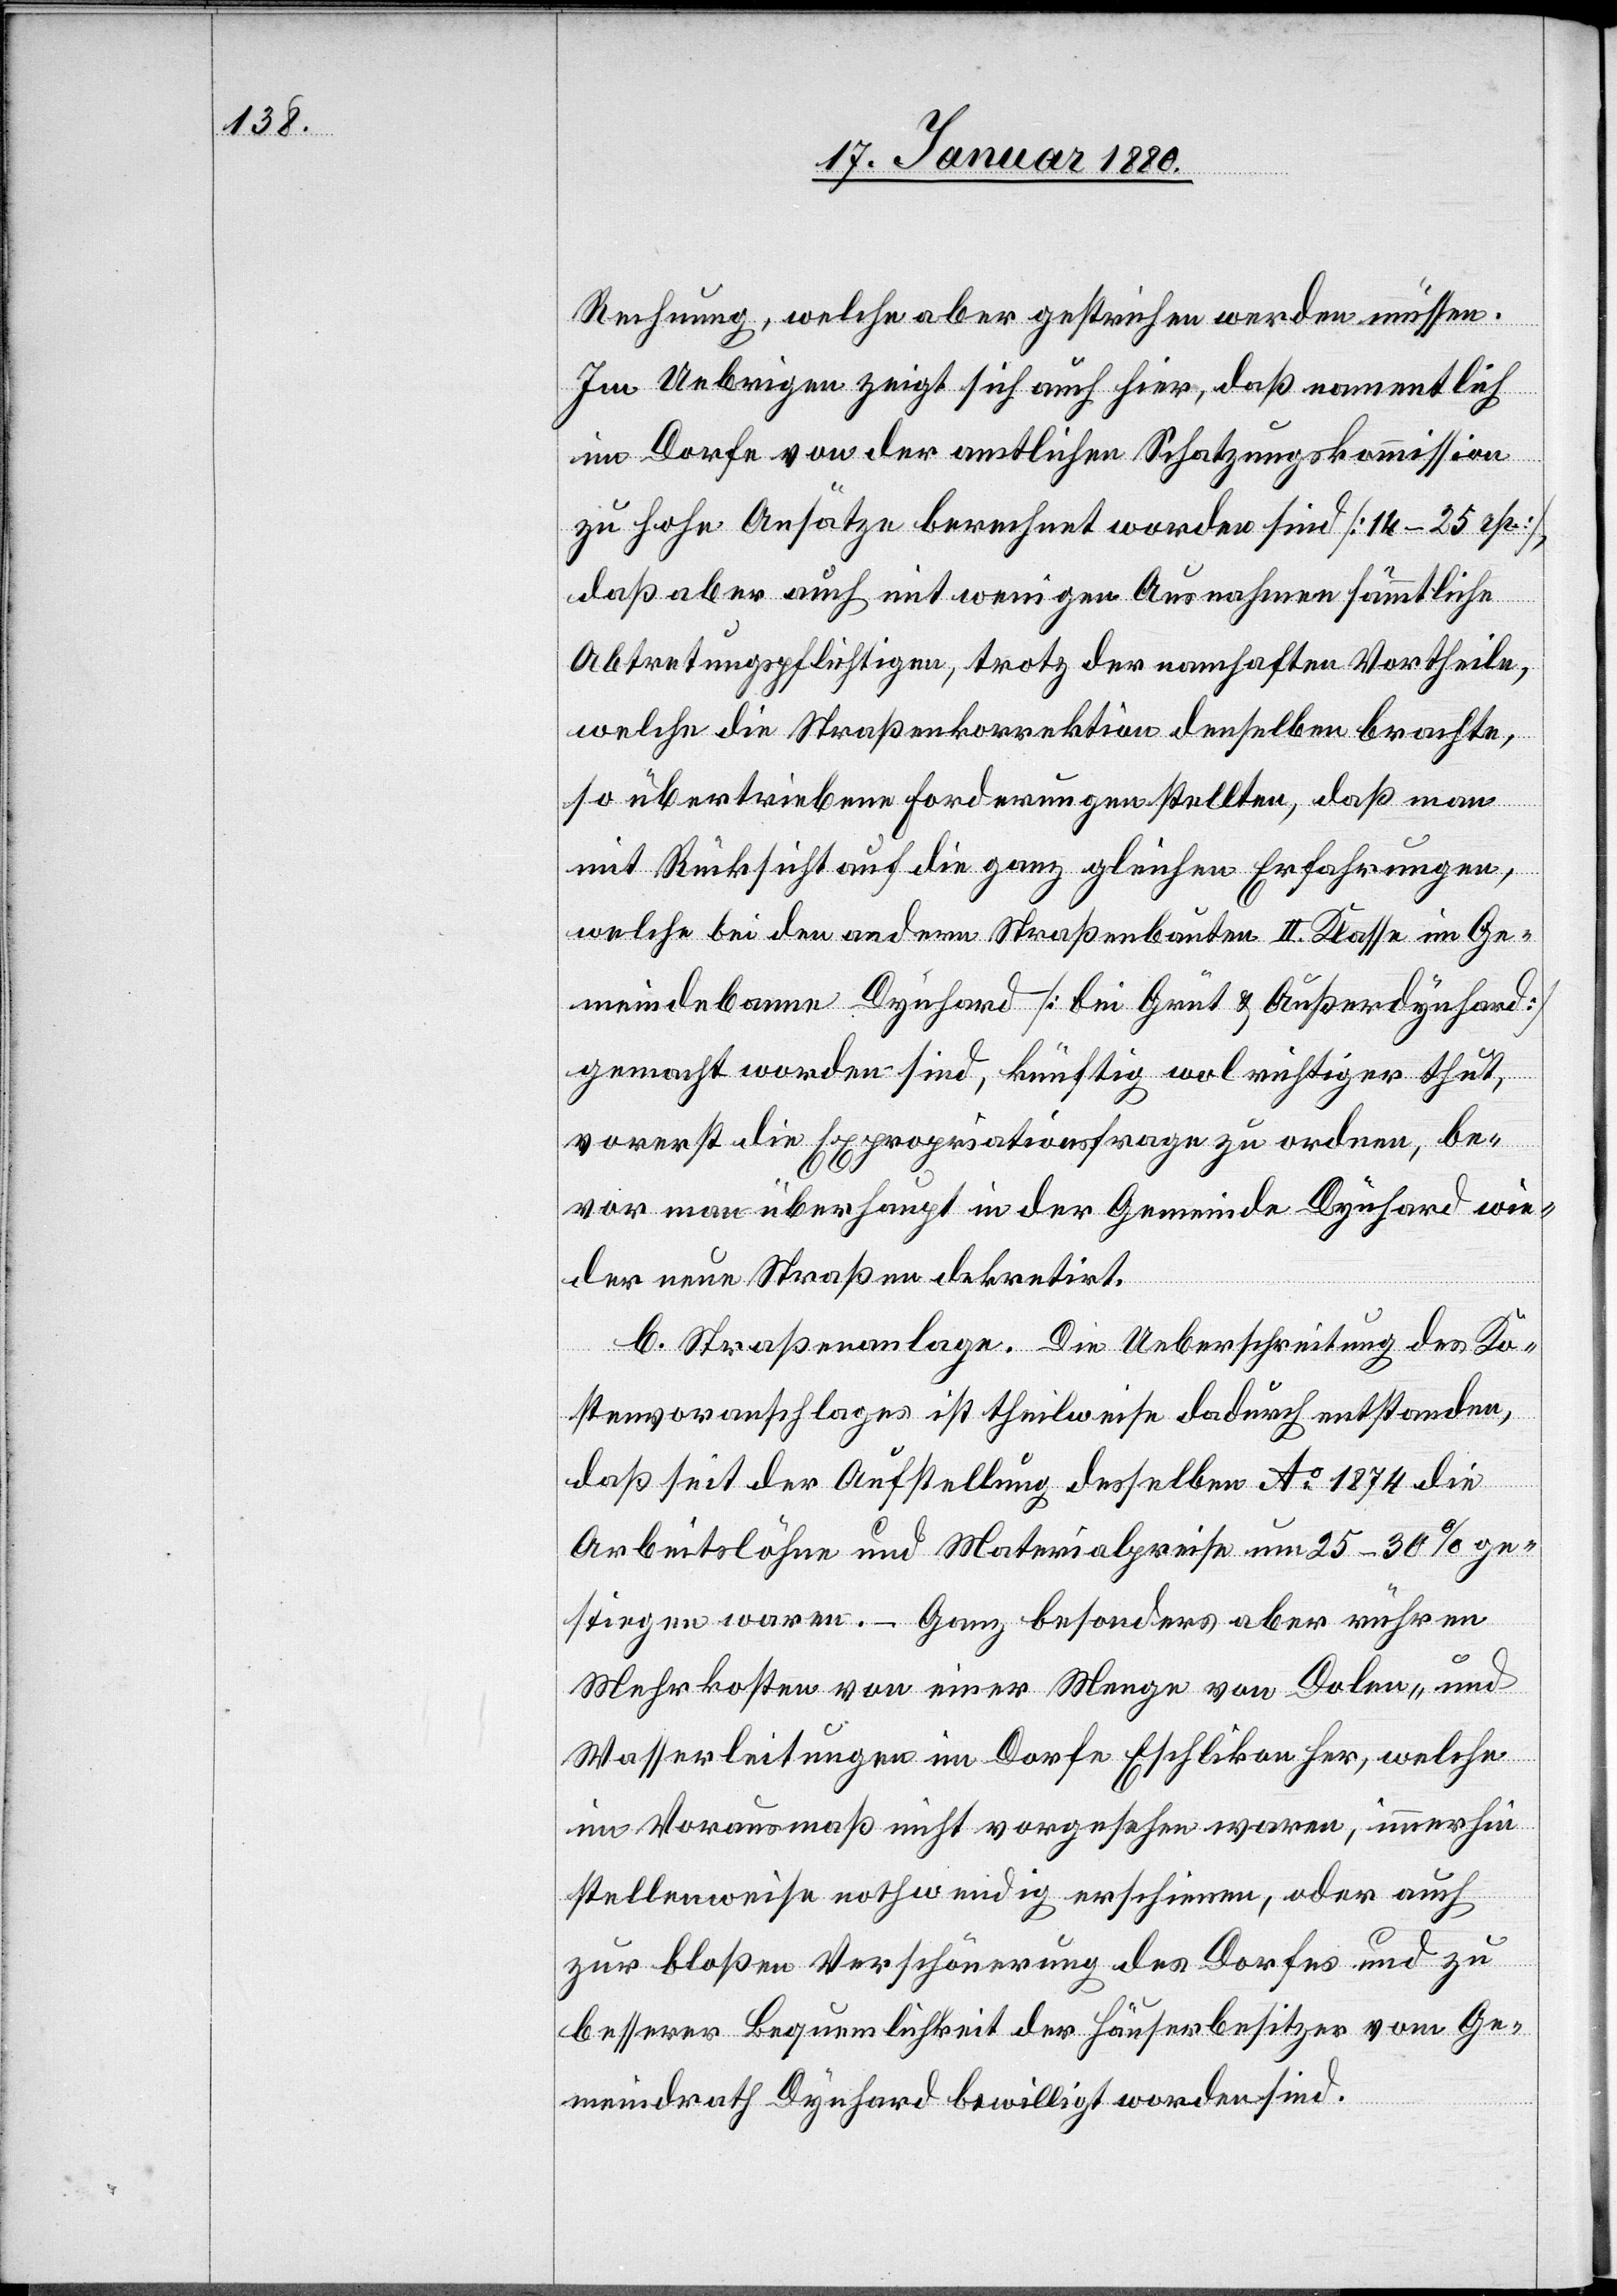
Rechnung, welche aber gestrichen werden müssen.
Im Uebrigen zeigt sich auch hier, daß namentlich
im Dorfe von der amtlichen Schatzungskommission
zu hohe Ansätze berechnet worden sind [14–25 pr],
daß aber auch mit wenigen Ausnahmen sämmtliche
Abtretungspflichtigen, trotz der namhaften Vortheile,
welche die Straßenkorrektion denselben brachte,
so übertriebene Forderungen stellten, daß man
mit Rücksicht auf die ganz gleichen Erfahrungen,
welche bei den andern Straßenbauten II. Klasse im Ge¬
meindebanne Dynhard [bei Grüt & Außerdynhard]
gemacht worden sind, künftig wol richtiger thut,
vorerst die Expropriationsfrage zu ordnen, be¬
vor man überhaupt in der Gemeinde Dynhard wie¬
der neue Straßen dekretirt.
b. Straßenanlage. Die Ueberschreitung des Ko¬
stenvoranschlages ist theilweise dadurch entstanden,
daß seit der Aufstellung desselben Ao 1874 die
Arbeitslöhne und Materialpreise um 25–30% ge¬
stiegen waren. – Ganz besonders aber rühren
Mehrkosten von einer Menge von Dolen- und
Wasserleitungen im Dorfe Eschlikon her, welche
im Vorausmaß nicht vorgesehen waren, immerhin
stellenweise nothwendig erscheinen, oder auch
zur bloßen Verschönerung des Dorfes und zu
besserer Bequemlichkeit der Häuserbesitzer vom Ge¬
meindrath Dynhard bewilligt worden sind.